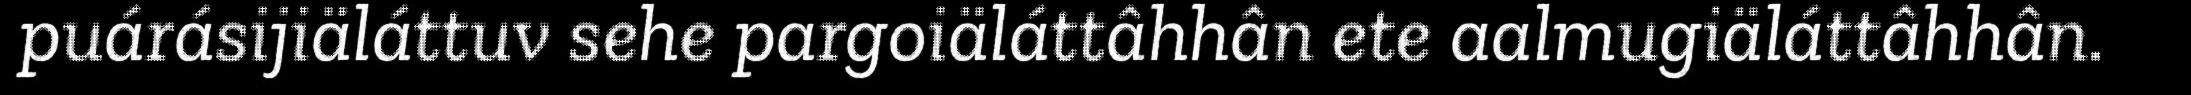
puárásijiäláttuv sehe pargoiäláttâhhân ete aalmugiäláttâhhân.